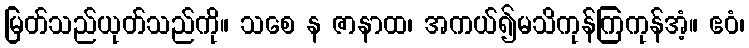
မြတ်သည်ယုတ်သည်ကို။ သစေ န ဇာနာထ၊ အကယ်၍မသိကုန်ကြကုန်အံ့။ ဧဝံ၊